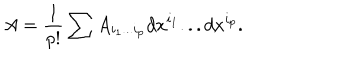
A = { \frac { 1 } { p ! } } \sum A _ { i _ { 1 } . . . i _ { p } } d x ^ { i _ { 1 } } . . . d x ^ { i _ { p } } .